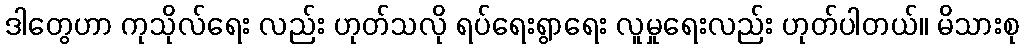
ဒါတွေဟာ ကုသိုလ်ရေး လည်း ဟုတ်သလို ရပ်ရေးရွာရေး လူမှုရေးလည်း ဟုတ်ပါတယ်။ မိသားစု